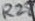
Text: R28